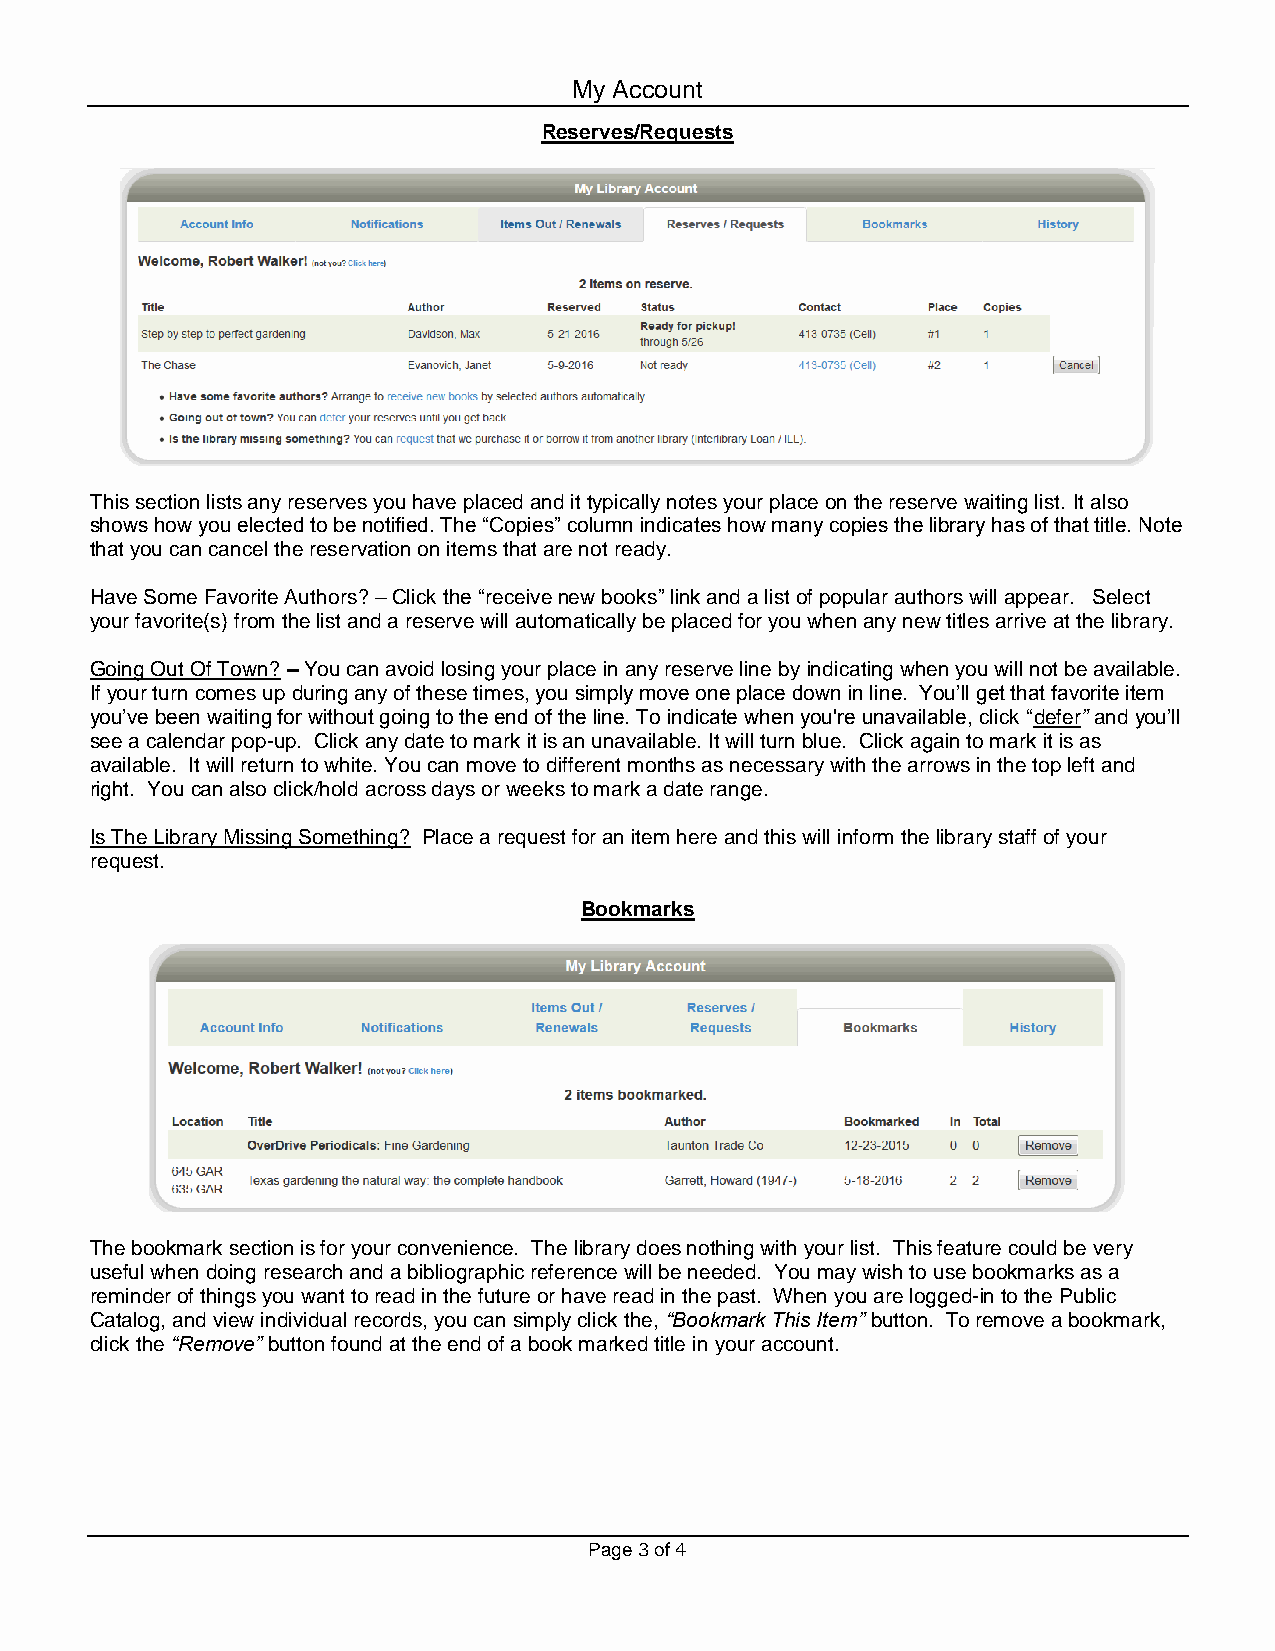
My Account
 Reserves/Requests
 This section lists any reserves you have placed and it typically notes your place on the reserve waiting list. It also
 shows how you elected to be notified. The “Copies” column indicates how many copies the library has of that title. Note
 that you can cancel the reservation on items that are not ready.
 Have Some Favorite Authors? – Click the “receive new books” link and a list of popular authors will appear. Select
 your favorite(s) from the list and a reserve will automatically be placed for you when any new titles arrive at the library.
 Going Out Of Town? – You can avoid losing your place in any reserve line by indicating when you will not be available.
 If your turn comes up during any of these times, you simply move one place down in line. You’ll get that favorite item
 you’ve been waiting for without going to the end of the line. To indicate when you're unavailable, click “defer” and you’ll
 see a calendar pop-up. Click any date to mark it is an unavailable. It will turn blue. Click again to mark it is as
 available. It will return to white. You can move to different months as necessary with the arrows in the top left and
 right. You can also click/hold across days or weeks to mark a date range.
 Is The Library Missing Something? Place a request for an item here and this will inform the library staff of your
 request.
 Bookmarks
 The bookmark section is for your convenience. The library does nothing with your list. This feature could be very
 useful when doing research and a bibliographic reference will be needed. You may wish to use bookmarks as a
 reminder of things you want to read in the future or have read in the past. When you are logged-in to the Public
 Catalog, and view individual records, you can simply click the, “Bookmark This Item” button. To remove a bookmark,
 click the “Remove” button found at the end of a book marked title in your account.
 Page 3 of 4